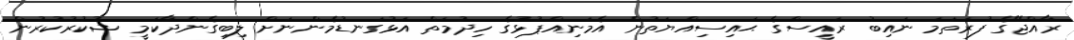
ރާއްޖޭގެ ފުރަތަމަ ނައިބު ރައީސްގެ ޙައިސިއްޔަތުން އެމަނިއްޕުޅުގެ ހިދުމަތް އަޅުގަނޑުމެންނަށް ލިބިގެންދާކަމީ ޝުކުރުކުރުން